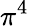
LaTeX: \pi^{4}